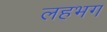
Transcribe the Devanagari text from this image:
लहभग